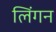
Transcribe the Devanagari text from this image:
लिंगन